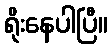
ရိုးနေပါပြီ။